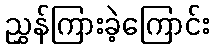
ညွှန်ကြားခဲ့ကြောင်း